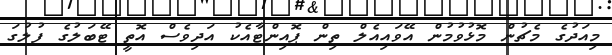
މިއަދުގެ މެޗުން މޮޅުވުމުން އޭވައިއެލް ތިން ޕޮއިންޓާއެކު އަދިވެސް އޮތީ ޓޭބަލުގެ ފުލުގަ